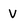
Character: v